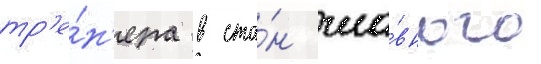
тр'е́н'ера в ста́н гла́вного